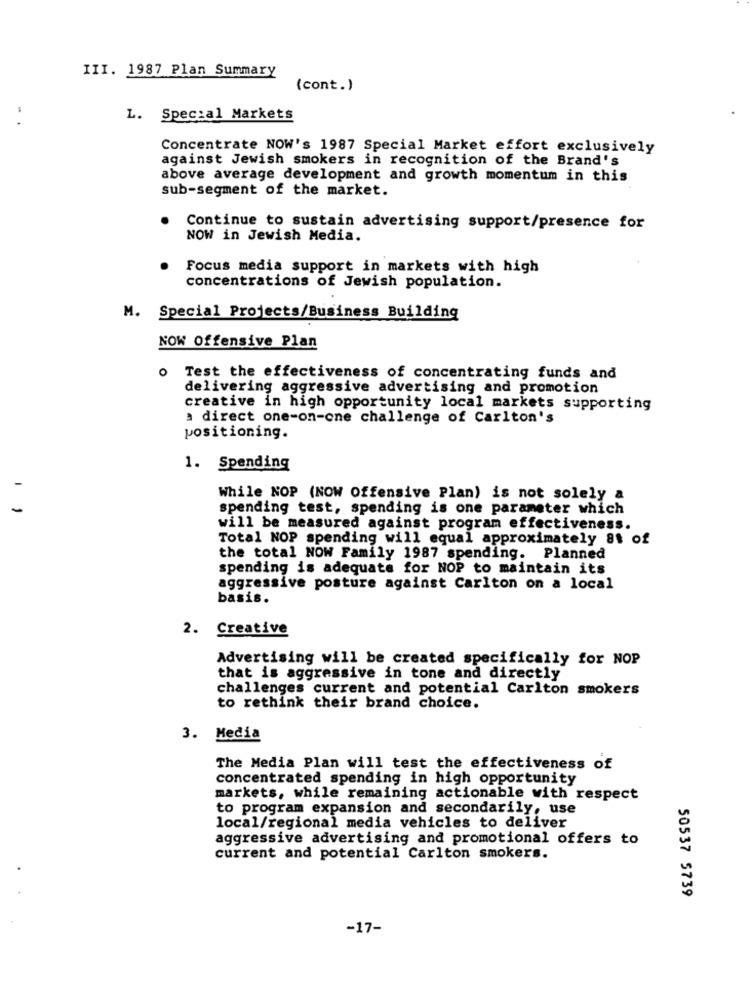
III. 1987 Plan Summary
(cont.)
L. Special Markets
Concentrate NOW's 1987 Special Market effort exclusively
against Jewish smokers in recognition of the Brand's
above average development and growth momentum in this
sub-segment of the market.
Continue to sustain advertising support/presence for
NOW in Jewish Media.
Focus media support in markets with high
concentrations of Jewish population.
M. Special Projects/Business Building
NOW Offensive Plan
O
Test the effectiveness of concentrating funds and
delivering aggressive advertising and promotion
creative in high opportunity local markets supporting
a direct one-on-one challenge of Carlton's
positioning.
1. Spending
While NOP (NOW Offensive Plan) is not solely a
-
spending test, spending is one parameter which
will be measured against program effectiveness.
Total NOP spending will equal approximately 81 of
the total NOW Family 1987 spending. Planned
spending is adequate for NOP to maintain its
aggressive posture against Carlton on a local
basis.
2. Creative
Advertising will be created specifically for NOP
that is aggressive in tone and directly
challenges current and potential Carlton smokers
to rethink their brand choice.
3. Media
The Media Plan will test the effectiveness of
concentrated spending in high opportunity
markets, while remaining actionable with respect
to program expansion and secondarily, use
local/regional media vehicles to deliver
aggressive advertising and promotional offers to
current and potential Carlton smokers.
50537 5739
-17-